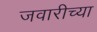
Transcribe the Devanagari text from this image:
जवारीच्या